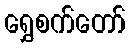
ရွှေစက်တော်